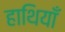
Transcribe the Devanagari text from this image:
हाथियाँ